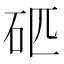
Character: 𥐵